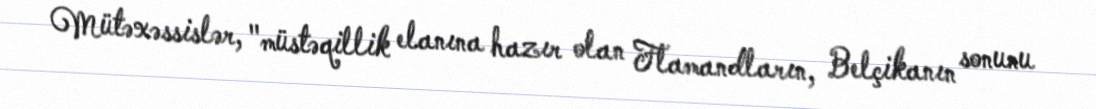
Mütəxəssislər, "müstəqillik elanına hazır olan Flamandların, Belçikanın sonunu